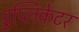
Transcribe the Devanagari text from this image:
डुप्लिकेटर